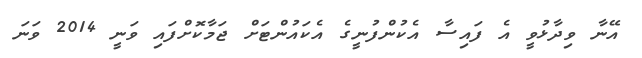
އޭނާ ވިދާޅުވީ އެ ފައިސާ އެކުންފުނީގެ އެކައުންޓަށް ޖަމާކޮށްފައި ވަނީ 2014 ވަނަ